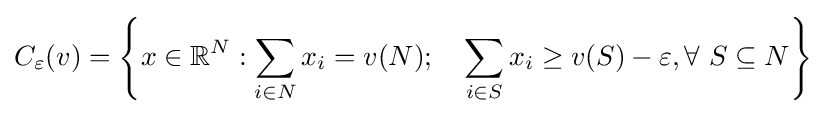
C_{\varepsilon }(v)=\left\{x\in \mathbb {R} ^{N}:\sum _{i\in N}x_{i}=v(N);\quad \sum _{i\in S}x_{i}\geq v(S)-\varepsilon ,\forall ~S\subseteq N\right\}